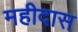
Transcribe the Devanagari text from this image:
महीदास